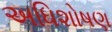
અધિશોષણ